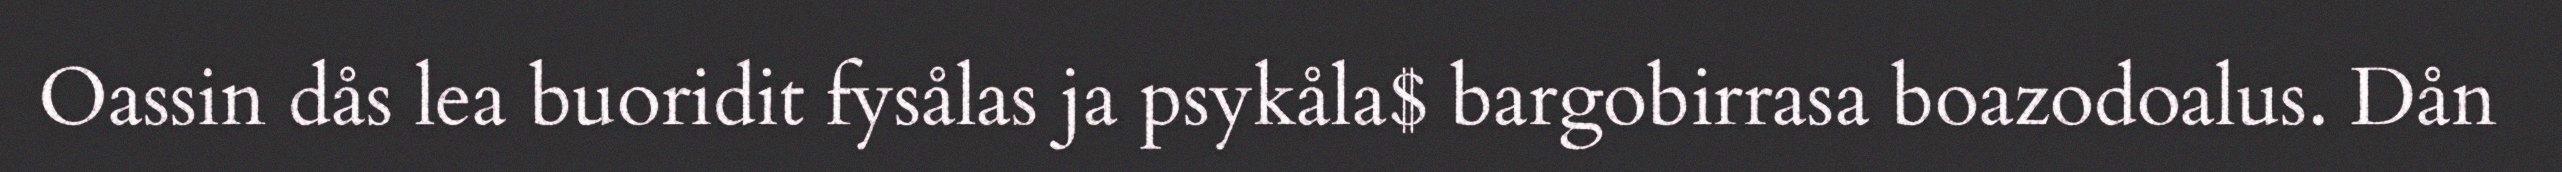
Oassin dås lea buoridit fysålas ja psykåla$ bargobirrasa boazodoalus. Dån